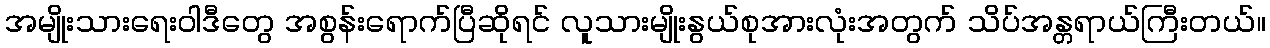
အမျိုးသားရေးဝါဒီတွေ အစွန်းရောက်ပြီဆိုရင် လူသားမျိုးနွယ်စုအားလုံးအတွက် သိပ်အန္တရာယ်ကြီးတယ်။